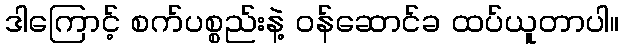
ဒါကြောင့် စက်ပစ္စည်းနဲ့ ဝန်ဆောင်ခ ထပ်ယူတာပါ။